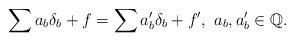
LaTeX: \begin{align*}\sum a_b\delta_b +f=\sum a'_b\delta_b +f',\ a_b,a'_b\in \Bbb{Q}.\end{align*}